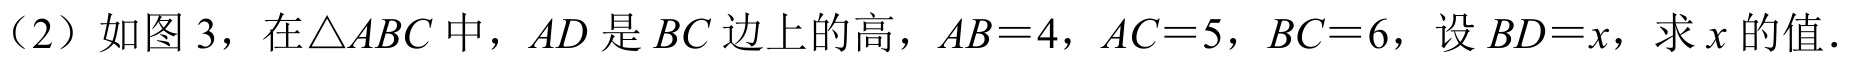
（2）如图 3，在\(\triangle ABC\) 中，\(AD\) 是 \(BC\) 边上的高，\(AB = 4\)，\(AC = 5\)，\(BC = 6\)，设 \(BD = x\)，求 \(x\) 的值.